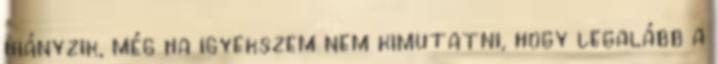
hiányzik, még ha igyekszem nem kimutatni, hogy legalább a